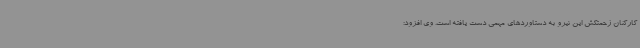
کارکنان زحمتکش این نیرو به دستاوردهای مهمی دست یافته است. وی افزود: